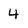
Character: 4